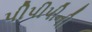
પીપીપીની